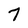
Character: 7